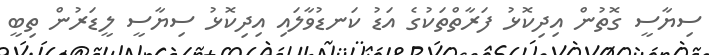
ސިޔާސީ ގޮތުން އިދިކޮޅު ފަރާތްތަކުގެ އަޑު ކަނޑުވާލައި އިދިކޮޅު ސިޔާސީ ލީޑަރުން ތިބީ